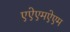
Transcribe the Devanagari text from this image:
एऐएमऐएम